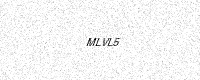
Text: MLVL5